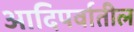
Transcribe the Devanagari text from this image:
आदिपर्वातील